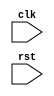
module example_module (
    input wire clk,
    input wire rst,
    // Add other input/output ports here
);

// Declare internal state register
reg [7:0] internal_state;

// Reset logic
always @(negedge rst)
begin
    internal_state <= 8'b00000000; // Reset internal state to 0
end

// Add other sequential logic blocks here

endmodule